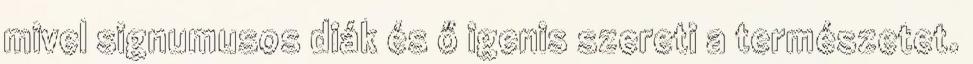
mivel signumusos diák és ő igenis szereti a természetet.